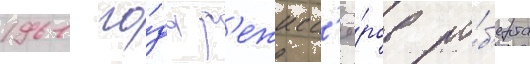
1961 го́да р'ежисс'ё́ров ро́б'ерта